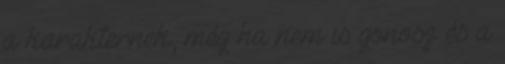
a karakternek, még ha nem is gonosz és a